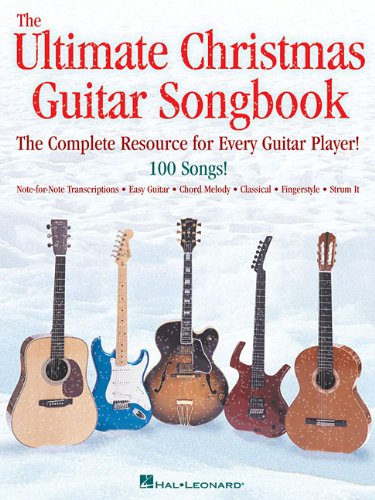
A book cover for The Ultimate Christmas Guitar Songbook: The Complete Resource for Every Guitar Player!; Christian Books & Bibles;